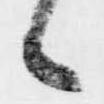
候